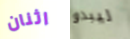
اثنان ليبدو